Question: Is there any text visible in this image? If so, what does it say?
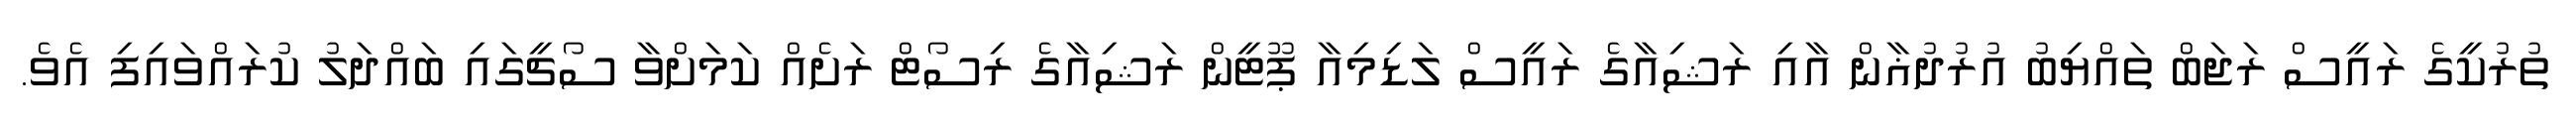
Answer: ތުރުކީގެ ރައީސް ރަޖަބް ތައްޔިބު އުރުދުޣާން އާއި ރަޝިއާގެ ރައީސް ލަޑިމިއާ ޕޫޓީން ރަޝިއާގެ ރިސޯޓް ރަށެއް ކަމަށްވާ ސޯޗީގައި ބައްދަލު ކުރައްވައިފި އެވެ.